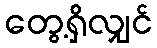
တွေ့ရှိလျှင်